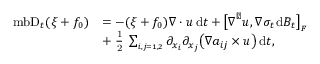
\begin{array} { r l } { \mathrm { \ m b { D } } _ { t } ( \xi + f _ { 0 } ) } & { = - ( \xi + f _ { 0 } ) \boldsymbol { \nabla } \boldsymbol { \cdot } \boldsymbol { u } \, \mathrm { d } t + \big [ \boldsymbol { \nabla } ^ { \perp } \boldsymbol { u } , \boldsymbol { \nabla } \boldsymbol { \sigma } _ { t } \mathrm { d } \boldsymbol { B } _ { t } \big ] _ { \scriptscriptstyle F } } \\ & { + \mathrm { \scriptsize ~ \frac { 1 } { 2 } ~ } \sum _ { \scriptscriptstyle i , j = 1 , 2 } \partial _ { x _ { i } } \partial _ { x _ { j } } \big ( \boldsymbol { \nabla } a _ { i j } \times \boldsymbol { u } \big ) \, \mathrm { d } t , } \end{array}